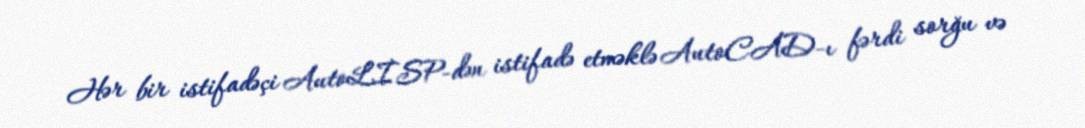
Hər bir istifadəçi AutoLİSP-dən istifadə etməklə AutoCAD-ı fərdi sorğu və